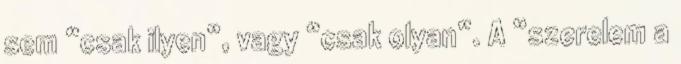
sem “csak ilyen”, vagy “csak olyan”. A “szerelem a